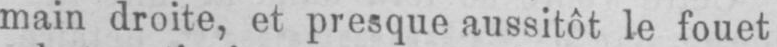
main droite, et presque aussitôt le fouet